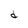
Character: d